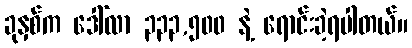
ခုနှစ်က ဒေါ်လာ ၃၃၃,၅၀၀ နဲ့ ရောင်းခဲ့ရပါတယ်။